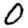
Digit: 0